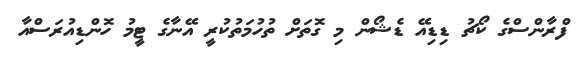
ފްރާންސްގެ ކޯޗު ޑިޑިއޭ ޑެޝޯން މި ގޮތަށް ތުހުމަތުކުރީ އޭނާގެ ޓީމު ހޮންޑިއުރަސްއާ